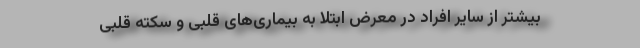
بیشتر از سایر افراد در معرض ابتلا به بیماری‌های قلبی و سکته قلبی